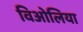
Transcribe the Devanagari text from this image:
विओलिया